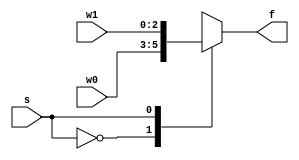
`timescale 1ns / 1ps
//////////////////////////////////////////////////////////////////////////////////
// Company: 
// Engineer: 
// 
// Design Name: 
// Module Name: mux_2x1_nbit
// Project Name: 
// Target Devices: 
// Tool Versions: 
// Description: 
// 
// Dependencies: 
// 
// Revision:
// Revision 0.01 - File Created
// Additional Comments:
// 
//////////////////////////////////////////////////////////////////////////////////


module mux_2x1_nbit #(parameter N = 3)(
    input [N - 1: 0] w0, w1,
    input s,
    output reg [N - 1: 0] f
    );
    
    always @(w0, w1, s)
    begin
        case(s)
            1'b0: f = w0;
            1'b1: f = w1;
            default: f = 'bx;
        endcase
    end
    
endmodule